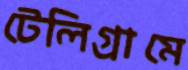
টেলিগ্রামে